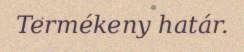
Termékeny határ.